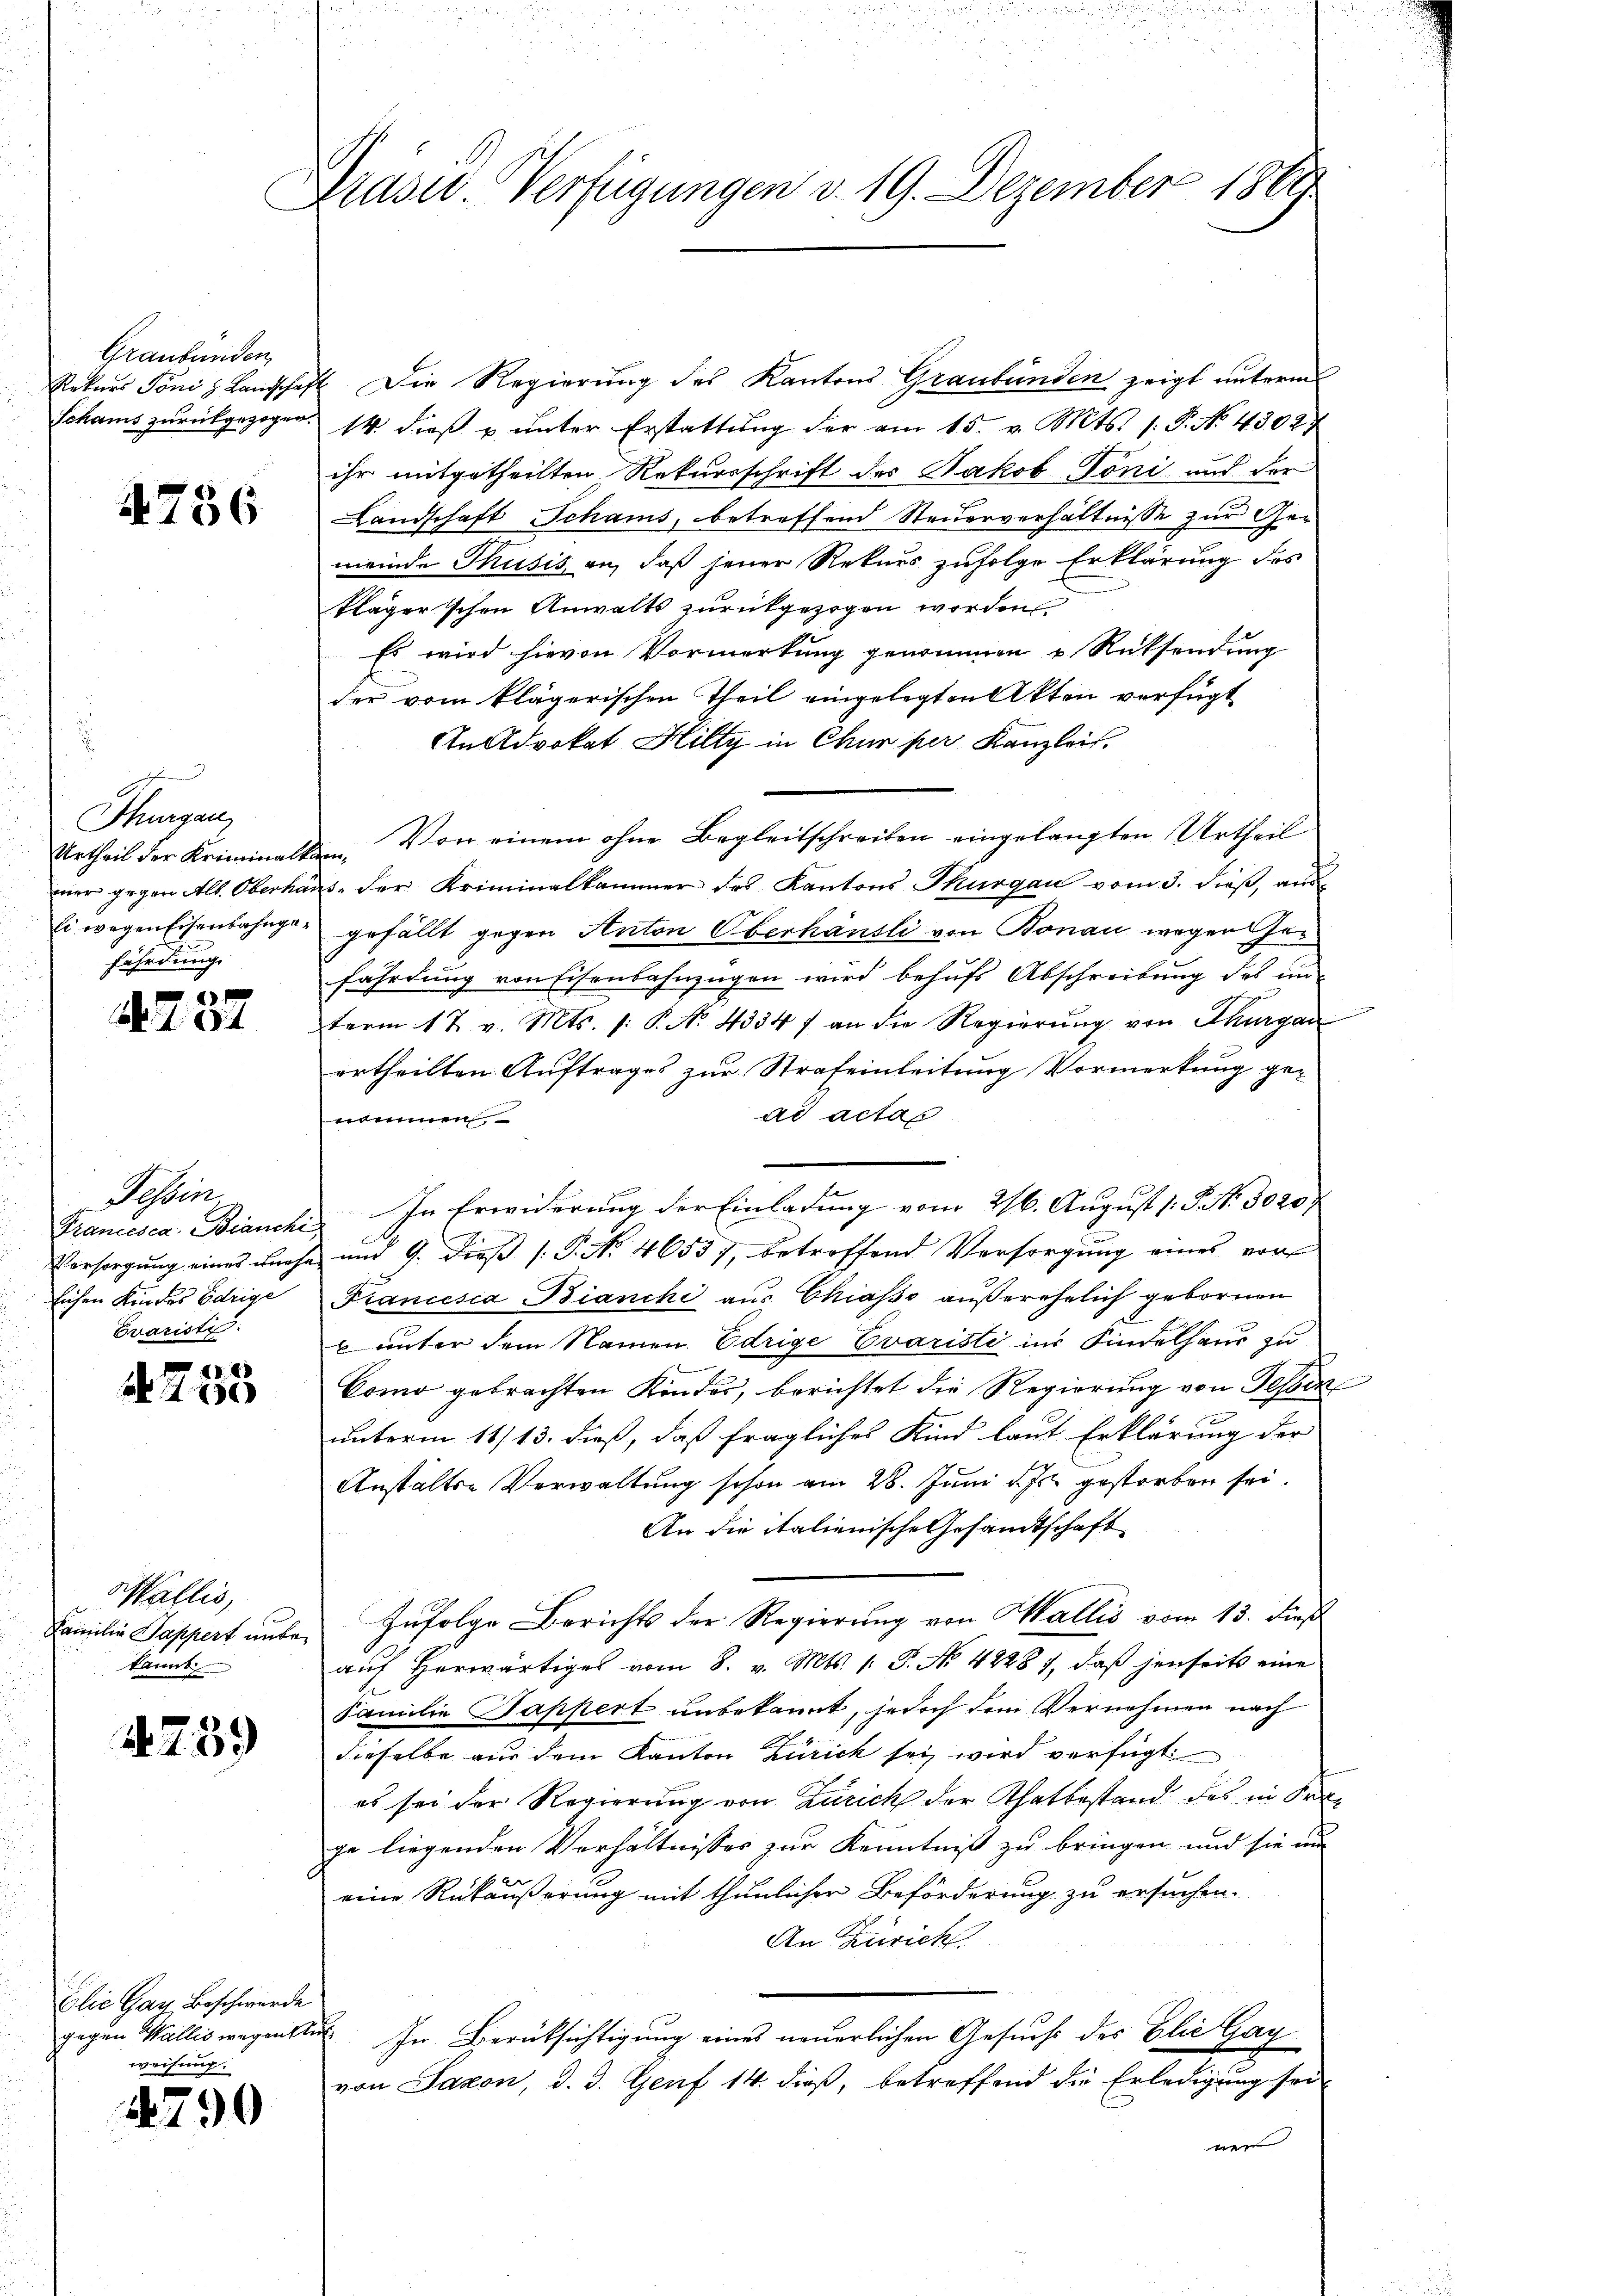
Graubünden

4756

d
Thurgau,
fährdung

1884

Tessin.
Francesca Branchi
lichen Kindes Edrige
Eraristi

6
A 140

Wallis,
Familie Pappert unbekannt.

4739

Elie Gau, Beschwerde
weisung.

4790

Draser Verfügungen v. 19. Dezember 1860

Rekurs Tonis Landschaft Die Regierung des Kantons Graubünden zeigt unterm
Schams zŭrückgezogen. 14 dieβ u ŭnter Erstattŭng der am 15. v. Mts. 1. P. No. 43024
ihr mitgetheilten Rekursschrift des Jakob Toni aus der
Landschaft Schams, betreffend Steuerverhältnisse zur Gemeinde Thusis an, daß jener Rekurs zufolge Erklärung des
klägerschen Anwalts zurückgezogen worden
Es wird hievon Vormerkung genommen u. Rücksendung
der vom klägerischen Theil eingelegten Akten verfügt
An Advokat Hilty in Chur per Kanzleit.
Urtheil der Kriminalten. Von einem ohne Begleitschreiben eingelangten Urtheil
mer gegen Alb. Oberhause der Kriminalkammer des Kantons Thurgau vom 3. dieß, aus
Ei wegen Eisenbahnger gefällt gegen Anton Oberhäusli von Bonau wegen Gefährdung von Eisenbahnzügen wird behufs Abschreibung des un-
term 17. v. Mts. /: P. N. 4334 f an die Regierŭng von Thurgau
ertheilten Auftrages zur Strafeinleitung Vormerkung gead actas
nommen
In Erwiderung der Einladung vom 26. August /: P. Nr. 30207
x
Versorgung eines unehe und 9. dieβ (: P. Nr. 46537, betreffend Versorgung eines von
Fiancesca Bianchi aus Chiasso außerehelich gebornen
b unter dem Namen Edrige Evaristi in Kindelhaus zu
Como gebrachten Kinder, berichtet die Regierung von Tessin
unterm 11/13. dieß, daß fragliches Kind laut Erklärung der
Anstalte Verwaltung schon am 28. Juni d. Js. gestorben sei.
An die italienische Gesandtschaft
Zufolge Berichts der Regierung von Wallis vom 13. dieß
aŭf herwärtiges vom 8. v. Mts. 1. P. No 42287, daß jenseits eine
Familie Tappert unbekannt, jedoch dem Vernehmen nach
dieselbe aus dem Kanton Zürich sei wird verfügt
es sei der Regierung von Zürich der Thatbestand des in Frage liegenden Verhältnisses zur Kenntniß zu bringen und sie un
eine Rückäußerung mit thunlicher Beförderung zu ersuchen.
An Zürich
gegen Wallis wegentur. In Berüksichtigung eines neuerlichen Gesuchs des Elie Gag
von Saxon, d. 3. Genf 14. dieß, betreffend die Erledigung sei-
we |